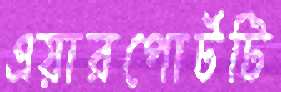
এয়ারপোর্টটি